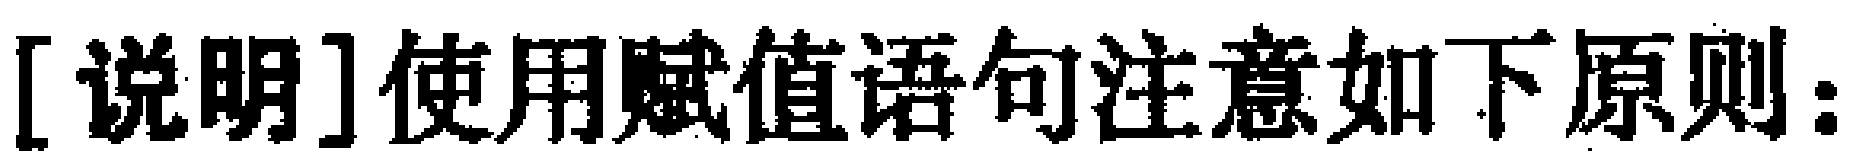
[说明]使用赋值语句注意如下原则：